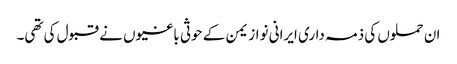
ان حملوں کی ذمہ داری ایرانی نواز یمن کے حوثی باغیوں نے قبول کی تھی۔